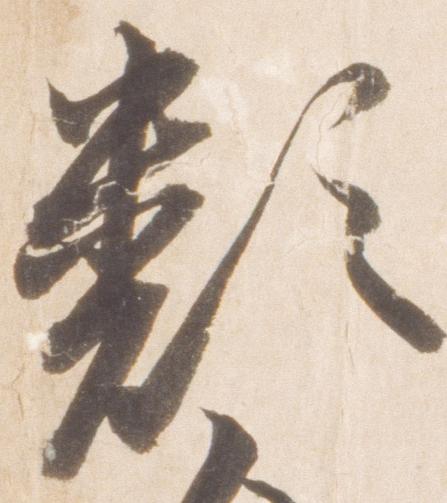
類